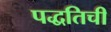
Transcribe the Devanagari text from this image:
पद्धतिची